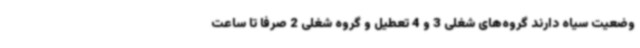
وضعیت سیاه دارند گروه‌های شغلی 3 و 4 تعطیل و گروه شغلی 2 صرفا تا ساعت